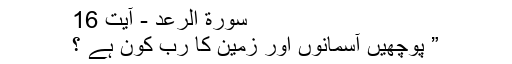
سورة الرعد - آیت 16
” پوچھیں آسمانوں اور زمین کا رب کون ہے ؟